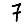
Digit: 7